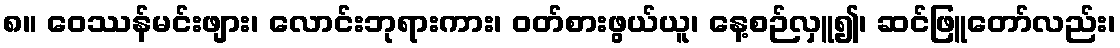
၈။ ဝေဿန်မင်းဖျား၊ လောင်းဘုရားကား၊ ဝတ်စားဖွယ်ယူ၊ နေ့စဉ်လှူ၍၊ ဆင်ဖြူတော်လည်း၊